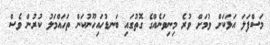
މަސްފަލަ އަޅަކަށް ވުމަށް ވުރެ މިނިވަނެއްގެ ގޮތުގައި ބަނޑުހައިހޫނުކަން ތަހައްމަލު ކުރުން ވެސް